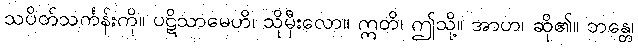
သပိတ်သင်္ကန်းကို။ ပဋိသာမေဟိ၊ သိုမှီးလော။ ဣတိ၊ ဤသို့။ အာဟ၊ ဆို၏။ ဘန္တေ၊